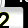
Digit: 2